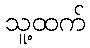
သူ့ထက်